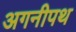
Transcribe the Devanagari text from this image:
अगनीपथ